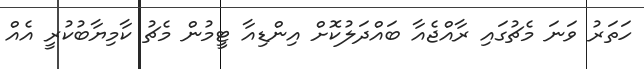
ހަތަރު ވަނަ މެޗުގައި ރާއްޖެއާ ބައްދަލުކޮށް އިންޑިއާ ޓީމުން މެޗު ކާމިޔާބުކުރީ އެއް